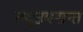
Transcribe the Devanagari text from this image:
तद्उपरान्त